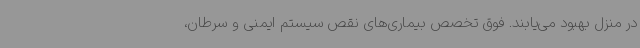
در منزل بهبود می‌یابند. فوق تخصص بیماری‌های نقص سیستم ایمنی و سرطان،